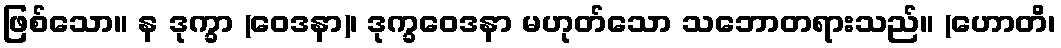
ဖြစ်သော။ န ဒုက္ခာ (ဝေဒနာ)၊ ဒုက္ခဝေဒနာ မဟုတ်သော သဘောတရားသည်။ (ဟောတိ၊